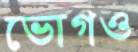
ভোগও